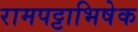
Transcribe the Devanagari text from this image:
रामपट्टाभिषेक